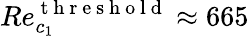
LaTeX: Re_{c_{1}}^{\mathrm{~t~h~r~e~s~h~o~l~d~}}\approx 665